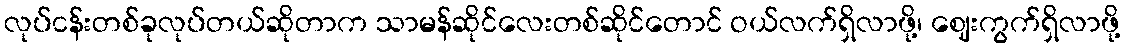
လုပ်ငန်းတစ်ခုလုပ်တယ်ဆိုတာက သာမန်ဆိုင်လေးတစ်ဆိုင်တောင် ဝယ်လက်ရှိလာဖို့၊ ဈေးကွက်ရှိလာဖို့